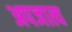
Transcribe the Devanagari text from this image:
अपजात्य